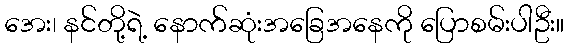
အေး၊ နင်တို့ရဲ့ နောက်ဆုံးအခြေအနေကို ပြောစမ်းပါဦး။